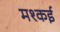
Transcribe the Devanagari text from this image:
मश्कई